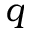
q